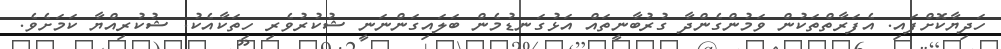
ހަދިޔާކޮށްފައި. އެފަރާތްތަކުން ވަމުންގެންދާ ގުރުބާނީތައް އަޅުގަނޑުމެން ބަލައިގަންނަނީ ޝުކުރުވެރި ހިތަކާއެކު. ޝުކުރިއްޔާ ކަމަށެވެ.